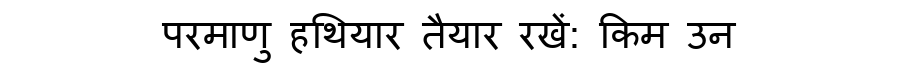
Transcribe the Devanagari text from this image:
परमाणु हथियार तैयार रखें: किम उन